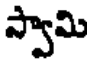
ప్వామి